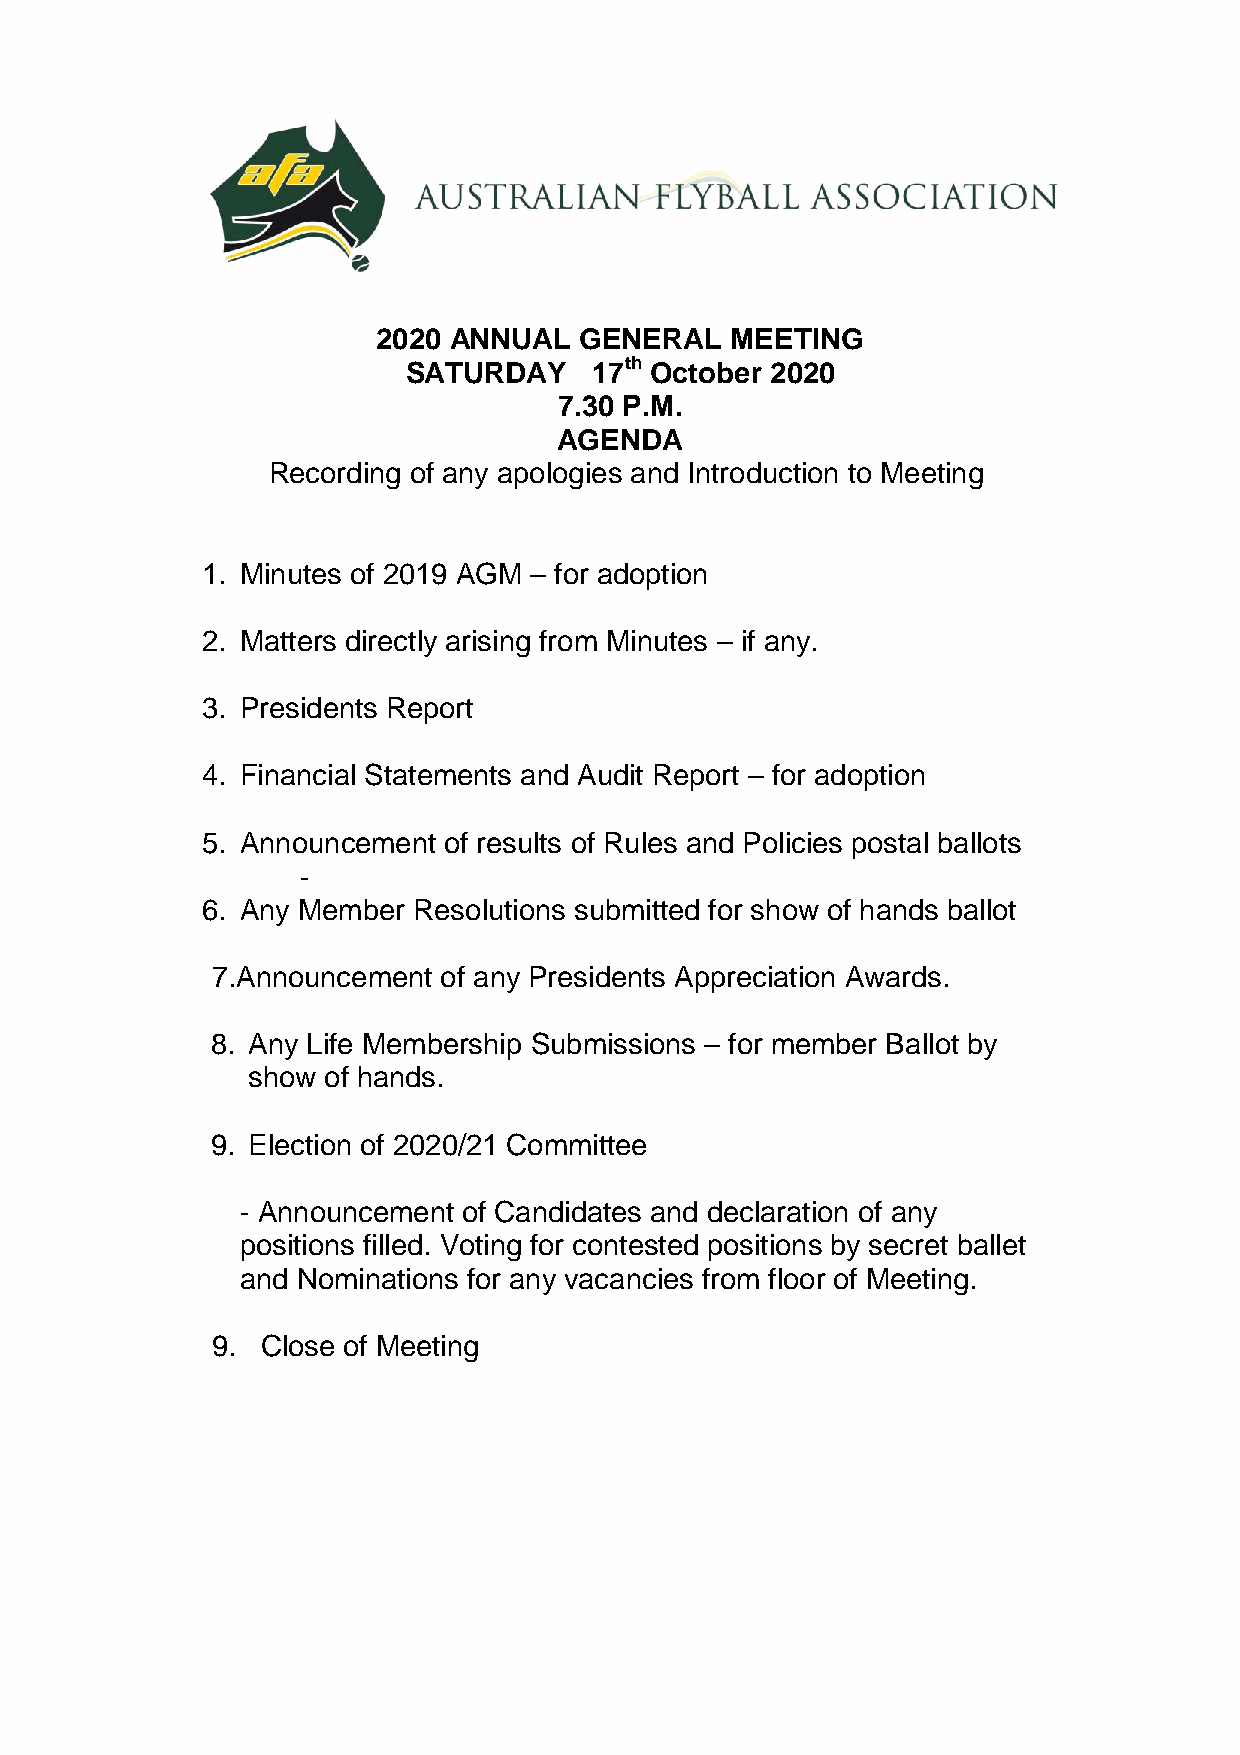
2020 ANNUAL  GENERAL   MEETING
 SATURDAY    17th October 2020
 7.30 P.M.
 AGENDA
 Recording of any apologies and Introduction to Meeting
 1. Minutes of 2019 AGM – for adoption
 2. Matters directly arising from Minutes – if any.
 3. Presidents Report
 4. Financial Statements and Audit Report – for adoption
 5. Announcement of results of Rules and Policies postal ballots
 -
 6. Any Member Resolutions submitted for show of hands ballot
 7.Announcement of any Presidents Appreciation Awards.
 8. Any Life Membership Submissions – for member Ballot by
 show of hands.
 9. Election of 2020/21 Committee
 - Announcement of Candidates and declaration of any
 positions filled. Voting for contested positions by secret ballet
 and Nominations for any vacancies from floor of Meeting.
 9. Close of Meeting